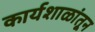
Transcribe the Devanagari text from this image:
कार्यशाळांतून